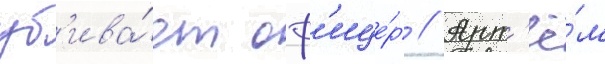
уб'ива́ет оф'ице́р // Арт'ё́м